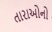
તારાઓનો